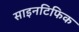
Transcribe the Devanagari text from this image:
साइनटिफिक